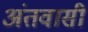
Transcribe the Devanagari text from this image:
अंतवासी